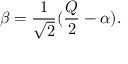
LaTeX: \beta = \frac { 1 } { \sqrt { 2 } } ( \frac { Q } { 2 } - \alpha ) .